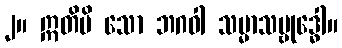
၂။ ဣတိပိ သော ဘဂဝါ သမ္မာသမ္ဗုဒ္ဓေါ။